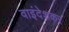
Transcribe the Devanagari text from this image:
वाइंदेशकर